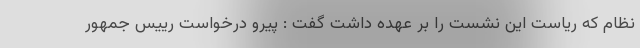
نظام که ریاست این نشست را بر عهده داشت گفت : پیرو درخواست رییس جمهور